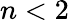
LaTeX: n<2